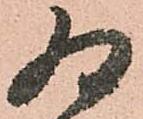
為